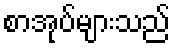
စာအုပ်များသည်